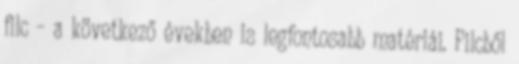
filc – a következő években is legfontosabb matériái. Filcből